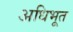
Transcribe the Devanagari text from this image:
अधिभूत